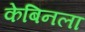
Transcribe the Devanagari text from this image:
केबिनला